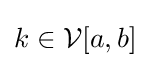
k\in {\mathcal {V}}[a,b]